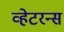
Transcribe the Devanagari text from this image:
व्हेटरन्स